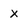
Character: x